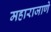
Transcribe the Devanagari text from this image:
महाराजाणे